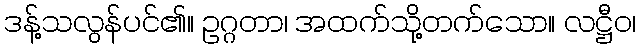
ဒန့်သလွန်ပင်၏။ ဥဂ္ဂတာ၊ အထက်သို့တက်သော။ လဋ္ဌီဝ၊